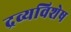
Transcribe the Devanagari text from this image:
द्रव्यविशेष